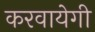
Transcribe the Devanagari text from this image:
करवायेगी